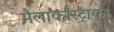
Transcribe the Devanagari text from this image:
मैलाकाँस्ट्राका